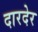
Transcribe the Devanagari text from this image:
दारदेर